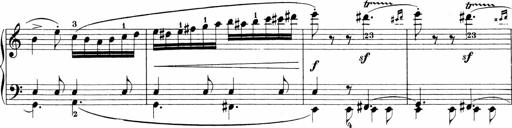
Title: 3 Sonatinas
Composer: Carl Reinecke